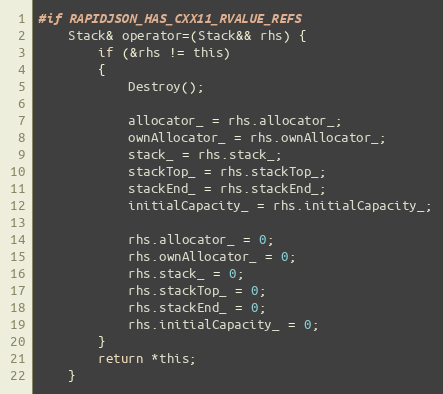
Language: C
#if RAPIDJSON_HAS_CXX11_RVALUE_REFS
    Stack& operator=(Stack&& rhs) {
        if (&rhs != this)
        {
            Destroy();

            allocator_ = rhs.allocator_;
            ownAllocator_ = rhs.ownAllocator_;
            stack_ = rhs.stack_;
            stackTop_ = rhs.stackTop_;
            stackEnd_ = rhs.stackEnd_;
            initialCapacity_ = rhs.initialCapacity_;

            rhs.allocator_ = 0;
            rhs.ownAllocator_ = 0;
            rhs.stack_ = 0;
            rhs.stackTop_ = 0;
            rhs.stackEnd_ = 0;
            rhs.initialCapacity_ = 0;
        }
        return *this;
    }